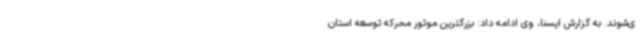
ی‌شوند. به گزارش ایسنا، وی ادامه داد: بزرگترین موتور محرکه توسعه استان